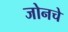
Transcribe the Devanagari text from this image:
जोनचे